Leaving Certificate Examination (including Day School Certificate (Higher) General paper), 1936
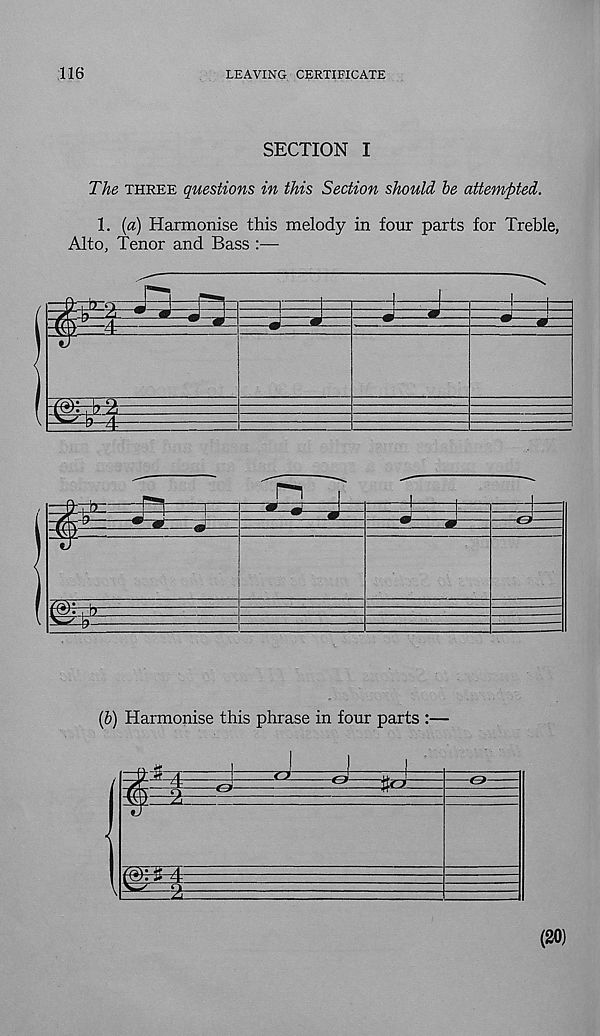
116
LEAVING CERTIFICATE
SECTION I
The three questions in this Section should be attempted.
1. {a) Harmonise this melody in four parts for Treble,
Alto, Tenor and Bass :—
dr
I 1
!
(6) Harmonise this phrase in four parts :—
(30)